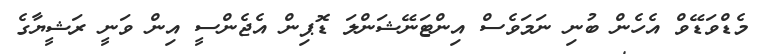
މެޑްވަޑޭވް އެހެން ބުނި ނަމަވެސް އިންޓަނޭޝަންލަ ޑޮޕިން އެޖެންސީ އިން ވަނީ ރަޝީޔާގެ